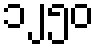
၁၂၅၀